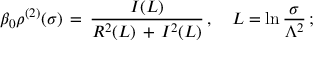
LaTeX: \beta _ { 0 } \rho ^ { ( 2 ) } ( \sigma ) \, = \, \frac { I ( L ) } { R ^ { 2 } ( L ) \, + \, I ^ { 2 } ( L ) } \, , \quad L = \ln \frac { \sigma } { \Lambda ^ { 2 } } \, ;